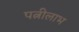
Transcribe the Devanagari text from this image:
पत्नीलाभ